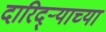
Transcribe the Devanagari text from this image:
दारिद्ऱ्याच्या